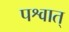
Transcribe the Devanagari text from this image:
पश्वात्